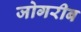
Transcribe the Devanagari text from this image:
जोगरीब